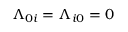
\Lambda _ { 0 i } = \Lambda _ { i 0 } = 0